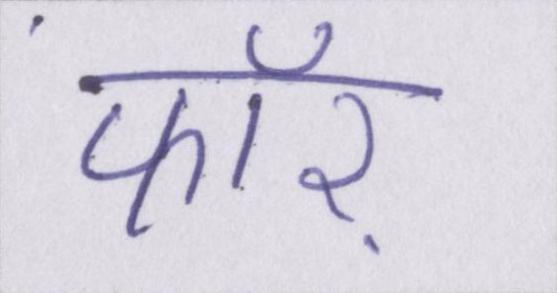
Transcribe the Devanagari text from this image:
फॉर